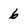
Character: 6